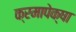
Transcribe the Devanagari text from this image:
क्रमापेक्षा